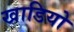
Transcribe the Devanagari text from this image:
खाडियो